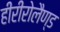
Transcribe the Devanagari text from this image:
हीरीरोलैण्ड